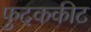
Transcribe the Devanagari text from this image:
फुदककीट